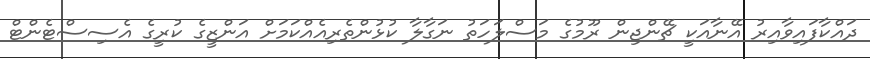
ދައްކާފައިވާއިރު އޭނާއަކީ ޗޭންޖިން ރޫމުގެ މަސްލަހަތު ނަގާލާ ކުޅުންތެރިއެއްކަމަށް އަންޒީގެ ކުރީގެ އެސިސްޓެންޓް